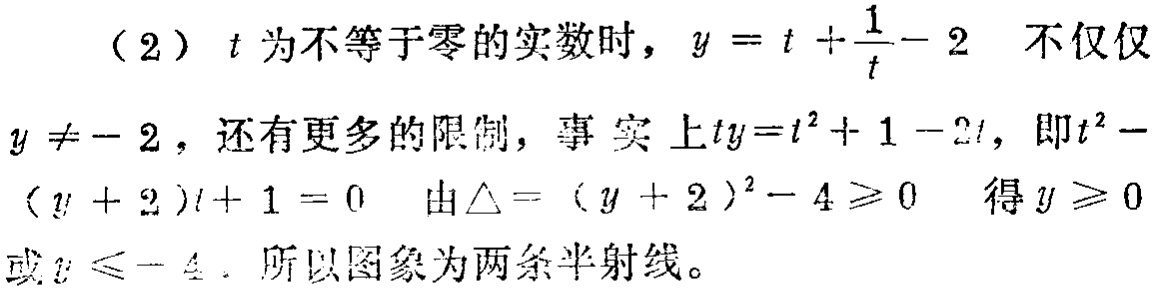
（2）$t$为不等于零的实数时，$y = t +\frac{1}{t}-2$ 不仅仅
$y \neq - 2$，还有更多的限制，事实上$ty=t^{2}+1 - 2t$，即$t^{2}-$
$(y + 2)t+1 = 0$ 由$\triangle = (y + 2)^{2}-4 \geqslant 0$ 得$y \geqslant 0$
或$y \leqslant - 4$．所以图象为两条半射线。